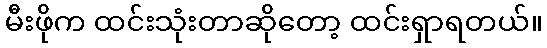
မီးဖိုက ထင်းသုံးတာဆိုတော့ ထင်းရှာရတယ်။